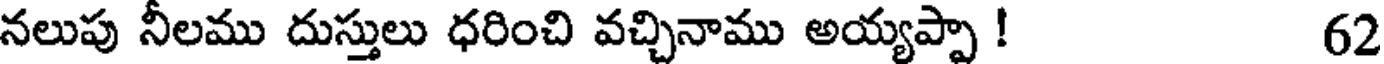
నలుపు నీలము దుస్తులు ధరించి వచ్చినాము అయ్యప్పా ! 62